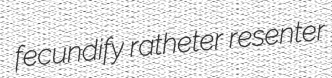
fecundify ratheter resenter